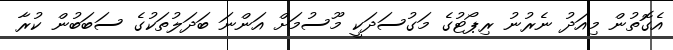
އެގޮތުން މިއަދު ނެރުނު ރިޕޯޓުގެ މަގުސަދަކީ މޫސުމަށް އަންނަ ބަދަލުތަކުގެ ސަބަބުން ކުރާ